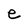
Character: e